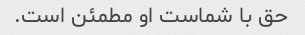
حق با شماست او مطمئن است.